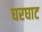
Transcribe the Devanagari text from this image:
घरघाट